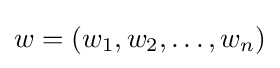
w=(w_{1},w_{2},\dots ,w_{n})